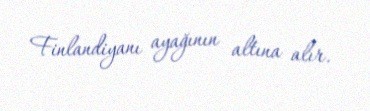
Finlandiyanı ayağının altına alır.